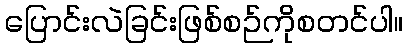
ပြောင်းလဲခြင်းဖြစ်စဉ်ကိုစတင်ပါ။